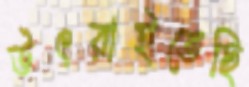
উৎরাইতেছি